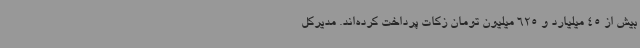
بیش از 45 میلیارد و 625 میلیون تومان زکات پرداخت کرده‌اند. مدیرکل